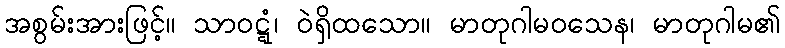
အစွမ်းအားဖြင့်။ သာဝဋ္ဋံ၊ ဝဲရှိထသော။ မာတုဂါမဝသေန၊ မာတုဂါမ၏